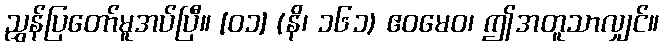
ညွှန်ပြတော်မူအပ်ပြီ။ [၀၁] (နိ၊ ၁၆၁) ဧဝမေဝ၊ ဤအတူသာလျှင်။